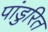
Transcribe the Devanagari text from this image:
पांडुरित